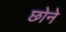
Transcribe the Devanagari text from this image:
छोने